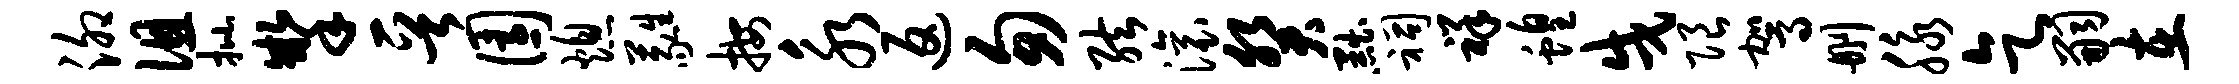
泖徂批掣晋园熄蕤按永返匆弦滚癸黜祠祥蝗戌限驾删脉乞嗣在